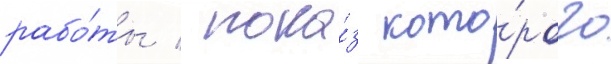
рабо́ты / пока́з кото́рого